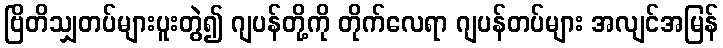
ဗြိတိသျှတပ်များပူးတွဲ၍ ဂျပန်တို့ကို တိုက်လေရာ ဂျပန်တပ်များ အလျင်အမြန်